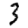
Digit: 3